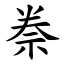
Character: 䄅